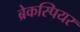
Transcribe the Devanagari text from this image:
ब्रेकस्पियर